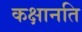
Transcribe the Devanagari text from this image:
कक्षानति